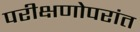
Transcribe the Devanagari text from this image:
परीक्षणोपरांत